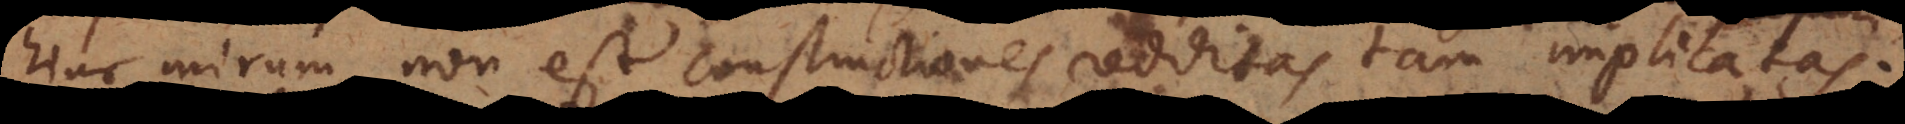
hinc mirum non est constructiones redditas tam implicatas.